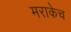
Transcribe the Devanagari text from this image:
मराकेच